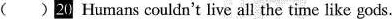
( )20 Humans couldn't live all the time like gods.